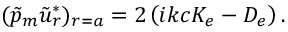
\begin{array} { r } { ( \tilde { p } _ { m } \tilde { u } _ { r } ^ { * } ) _ { r = a } = 2 \left( i k c K _ { e } - D _ { e } \right) . } \end{array}